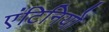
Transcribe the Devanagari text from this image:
एंटिनियो